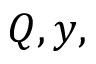
Q , y ,